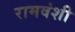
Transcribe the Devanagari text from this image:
रामवंशी